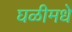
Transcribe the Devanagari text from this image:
घळीमधे